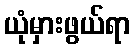
ယုံမှားဖွယ်ရာ